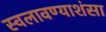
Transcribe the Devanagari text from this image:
स्वलावण्याशंसा